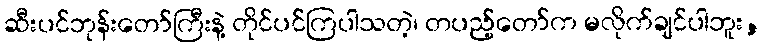
ဆီးပင်ဘုန်းတော်ကြီးနဲ့ တိုင်ပင်ကြပါသတဲ့၊ တပည့်တော်က မလိုက်ချင်ပါဘူး,